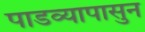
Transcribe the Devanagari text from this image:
पाडव्यापासुन